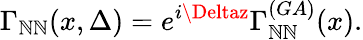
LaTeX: \Gamma_{\mathbb{N}\mathbb{N}}(x,\Delta)=e^{i\Deltaz}\Gamma_{\mathbb{N}\mathbb{N}}^{(GA)}(x).